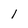
Character: 1